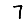
Digit: 7